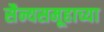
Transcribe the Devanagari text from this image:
सैन्यसमूहाच्या